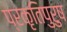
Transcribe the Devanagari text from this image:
प्रकृतिपुरुष